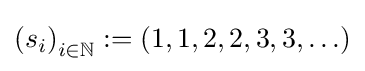
\left(s_{i}\right)_{i\in \mathbb {N} }:=(1,1,2,2,3,3,\ldots )